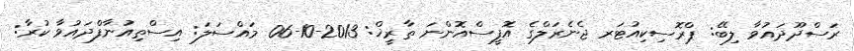
ރަސްދޫދައުވާ ލިބޭ: ޕްރޮސިކިއުޓަރ ޖެނެރަލްގެ އޮފީސްއޮންނަ ތާރީޚް: 2013-10-06 މައްސަލަ: އިސްތިއުނާފްދައުވާ ކުރާ: